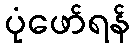
ပုံဖော်ရန်